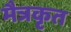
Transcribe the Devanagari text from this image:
मैत्रकृत